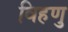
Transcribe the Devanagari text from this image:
विहणु